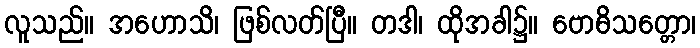
လူသည်။ အဟောသိ၊ ဖြစ်လတ်ပြီ။ တဒါ၊ ထိုအခါ၌။ ဗောဓိသတ္တော၊